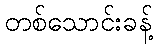
တစ်သောင်းခန့်